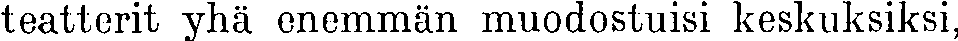
teatterit yhä enemmän muodostuisi keskuksiksi,